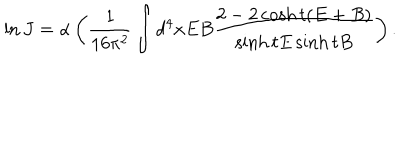
\ln J = \alpha \left( \frac { 1 } { 1 6 \pi ^ { 2 } } \int d ^ { 4 } x E B \frac { 2 - 2 \cosh t ( E + B ) } { \sinh t E \sinh t B } \right) .